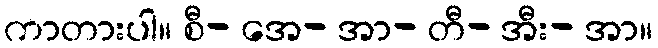
ကာတားပါ။ စီ- အေ- အာ- တီ- အီး- အာ။